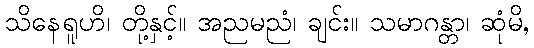
သိနေရူဟိ၊ တို့နှင့်။ အညမညံ၊ ချင်း။ သမာဂန္တာ၊ ဆုံမိ,